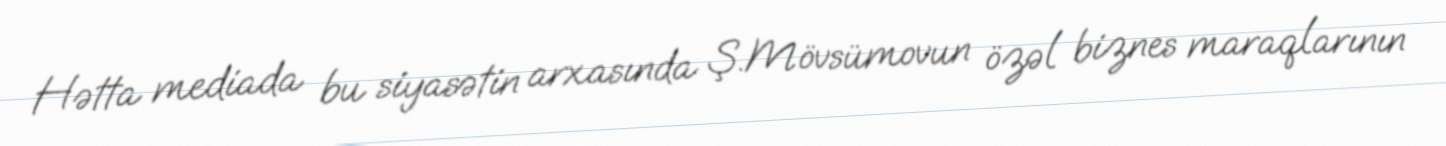
Hətta mediada bu siyasətin arxasında Ş.Mövsümovun özəl biznes maraqlarının